Report on vaccination North-West Frontier Province 1904-1922 - 1904-1922
Year: 1904
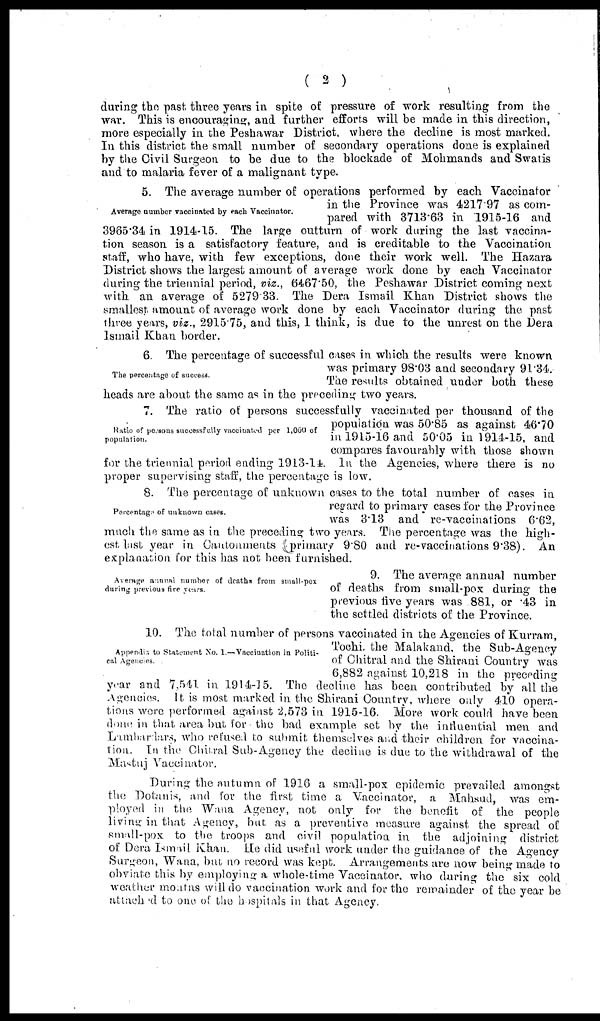
( 2 )
during the past three years in spite of pressure of work resulting from the
war. This is encouraging, and further efforts will be made in this direction,
more especially in the Peshawar District where the decline is most marked.
In this district the small number of secondary operations done is explained
by the Civil Surgeon to be due to the blockade of Mohmands and Swatis
and to malaria fever of a malignant type.
Average number vaccinated by each Vaccinator.
5. The average number of operations performed by each Vaccinator
in the Province was 4217.97 as com-
pared with 3713.63 in 1915-16 and
3965.34 in 1914-15. The large outturn of work during the last vaccina-
tion season is a satisfactory feature, and is creditable to the Vaccination
staff, who have, with few exceptions, done their work well. The Hazara
District shows the largest amount of average work done by each Vaccinator
during the triennial period, viz., 6467.50, the Peshawar District coming next
with an average of 5279.33. The Dura Ismail Khan District shows the
smallest amount of average work done by each Vaccinator during the past
three years, viz., 2915.75, and this, I think, is due to the unrest on the Dera
Ismail Khan border.
The percentage of success.
6. The percentage of successful cases in which the results were known
was primary 98.03 and secondary 91.34.
The results obtained under both these
heads are about the same as in the preceding two years.
Ratio of persons successfully vaccinated per 1,000 of
population.
7. The ratio of persons successfully vaccinated per thousand of the
population was 50.85 as against 46.70
in 1915-16 and 50.05 in 1914-15, and
compares favourably with those shown
for the triennial period ending 1913-14. In the Agencies, where there is no
proper supervising staff, the percentage is low.
Percentage of unknown cases.
8. The percentage of unknown cases to the total number of cases in
regard to primary cases for the Province
was 3.13 and re-vaccinations 6.62,
much the same as in the preceding two years. The percentage was the high-
est last year in Cantonments (primary 9.80 and re-vaccinations 9.38). An
explanation for this has not been furnished.
Average annual number of deaths from small-pox
during previous five years.
9. The average annual number
of deaths from small-pox during the
previous five years was 881, or 43 in
the settled districts of the Province.
Appendix to Statement No. I.—Vaccination in Politi-
cal Agencies.
10. The total number of persons vaccinated in the Agencies of Kurram,
Tochi, the Malakand, the Sub-Agency
of Chitral and the Shirani Country was
6,882 against 10,218 in the preceding
year and 7,541 in 1914-15. The decline has been contributed by all the
Agencies. It is most marked in the Shirani Country, where only 410 opera-
tions were performed against 2,573 in 1915-16. More work could have been
done in that area but for the bad example set by the influential men and
Lambardars, who refused to submit themselves and their children for vaccina-
tion. In the Chitral Sub-Agency the decline is due to the withdrawal of the
Mastuj Vaccinator.
During the autumn of 1916 a small-pox epidemic prevailed amongst
the Dotanis, and for the first time a Vaccinator, a Mahsud, was em-
ployed in the Wana Agency, not only for the benefit of the people
living in that Agency, but as a preventive measure against the spread of
small-pox to the troops and civil population in the adjoining district
of Dera Ismail Khan. He did useful work under the guidance of the Agency
Surgeon, Wana, but no record was kept. Arrangements are now being made to
obviate this by employing a whole-time Vaccinator, who during the six cold
weather months will do vaccination work and for the remainder of the year be
attached to one of the hospitals in that Agency.